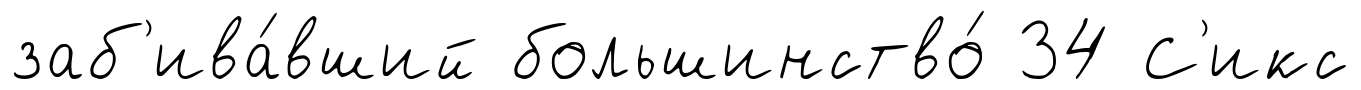
заб'ива́вший большинство́ 34 С'икс